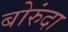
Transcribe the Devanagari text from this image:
बोरुंदा